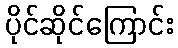
ပိုင်ဆိုင်ကြောင်း